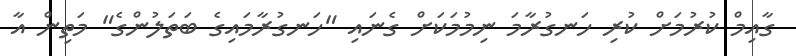
ގާއިމް ކުރުމަށް ކުރި ހަނގުރާމަ ނިމުމަކަށް ގެނައި "ހަނގުރާމައިގެ ބަތަލުންގެ" މަތިން އާ